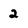
Character: 2